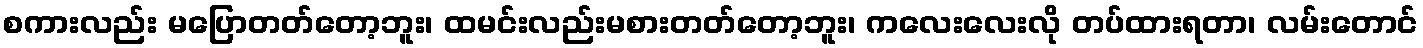
စကားလည်း မပြောတတ်တော့ဘူး၊ ထမင်းလည်းမစားတတ်တော့ဘူး၊ ကလေးလေးလို တပ်ထားရတာ၊ လမ်းတောင်